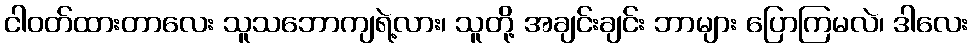
ငါဝတ်ထားတာလေး သူသဘောကျရဲ့လား၊ သူတို့ အချင်းချင်း ဘာများ ပြောကြမလဲ၊ ဒါလေး